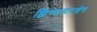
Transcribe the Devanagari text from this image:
झिंग्यासारखेच